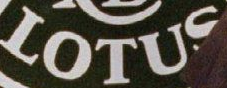
LOTUS